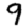
Digit: 9